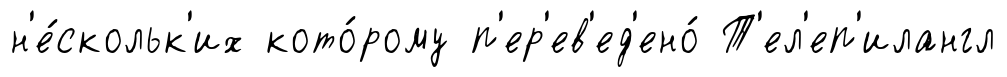
н'е́скольк'их кото́рому п'ер'ев'ед'ено́ Т'ел'еп'илангл